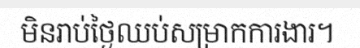
មិនរាប់ថ្ងៃឈប់សម្រាកការងារ។